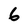
Character: 6